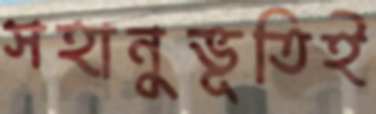
সহানুভূতিই